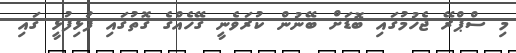
މި ސްޕްރޭ ޖެހުމުގައި ބޮޑަށް ބޭނުން ކުރަވެނީ ގޭހެއްގެ ގޮތުގައި ފުޅިފުޅީ ގައި